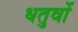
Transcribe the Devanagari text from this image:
धतुवों